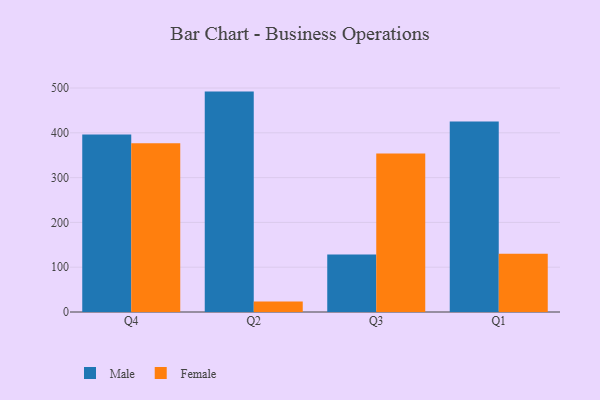
{"axis": {"x": "Quarter", "y": "Gross Profit (USD K)"}, "legend": ["Female", "Male"], "data": [{"x": "Q4", "y": 396.4, "type": "Male"}, {"x": "Q4", "y": 376.7, "type": "Female"}, {"x": "Q2", "y": 492.0, "type": "Male"}, {"x": "Q2", "y": 23.6, "type": "Female"}, {"x": "Q3", "y": 128.4, "type": "Male"}, {"x": "Q3", "y": 353.7, "type": "Female"}, {"x": "Q1", "y": 425.3, "type": "Male"}, {"x": "Q1", "y": 130.0, "type": "Female"}]}